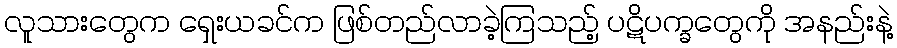
လူသားတွေက ရှေးယခင်က ဖြစ်တည်လာခဲ့ကြသည့် ပဋိပက္ခတွေကို အနည်းနဲ့